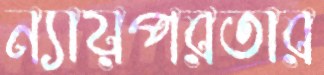
ন্যায়পরতার